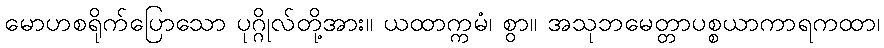
မောဟစရိုက်ပြောသော ပုဂ္ဂိုလ်တို့အား။ ယထာက္ကမံ၊ စွာ။ အသုဘမေတ္တာပစ္စယာကာရကထာ၊